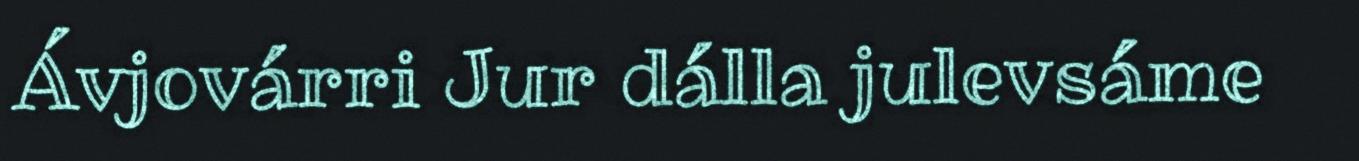
Ávjovárri Jur dálla julevsáme